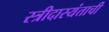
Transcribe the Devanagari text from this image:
स्त्रीदास्यंताची